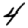
Digit: 4